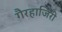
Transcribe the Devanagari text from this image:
गैरहाजिरी